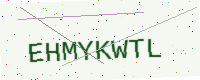
Text: EHMYKWTL